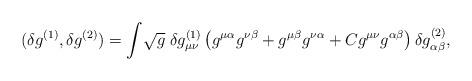
LaTeX: \begin{align*}(\delta g^{(1)}, \delta g^{(2)}) = \int \! \sqrt{g} \; \delta g^{(1)}_{\mu\nu} \left( g^{\mu\alpha}g^{\nu\beta} + g^{\mu\beta}g^{\nu\alpha} + C g^{\mu\nu}g^{\alpha\beta} \right) \delta g^{(2)}_{\alpha\beta},\end{align*}